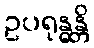
ဥပရုန္ဓန္တိ